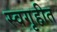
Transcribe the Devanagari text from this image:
स्वगृहीत